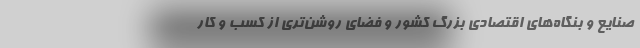
صنایع و بنگاه‌های اقتصادی بزرگ کشور و فضای روشن‌تری از کسب و کار